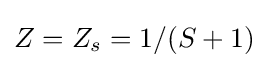
Z=Z_{s}=1/(S+1)